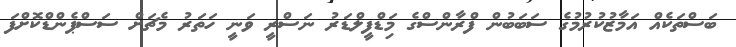
ބަސްތަކެއް އަމާޒުކުރުމުގެ ސަބަބުން ފްރާންސްގެ މިަޑްފީލްޑަރު ނަސްރީ ވަނީ ހަތަރު މެޗަށް ސަސްޕެންޑްކޮށްފަ